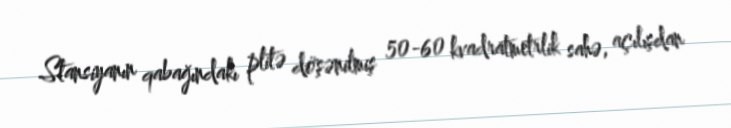
Stansiyanın qabağındakı plitə döşənilmiş 50-60 kvadratmetrlik sahə, açılışdan